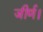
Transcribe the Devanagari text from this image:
जीर्ण।